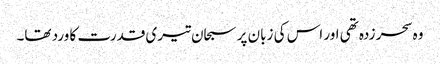
وہ سحر زدہ تھی اور اس کی زبان پر سبحان تیری قدرت کا ورد تھا۔